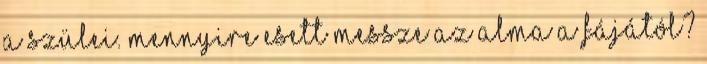
a szülei. Mennyire esett messze az alma a fájától?